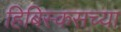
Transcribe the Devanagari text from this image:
हिबिस्कसच्या